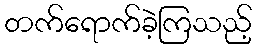
တက်ရောက်ခဲ့ကြသည့်